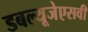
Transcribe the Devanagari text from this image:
डबल्यूजेएसवी